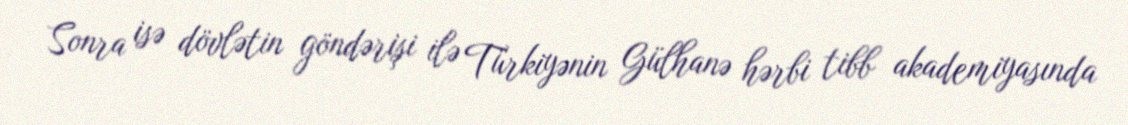
Sonra isə dövlətin göndərişi ilə Türkiyənin Gülhanə hərbi tibb akademiyasında